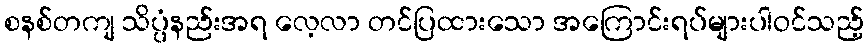
စနစ်တကျ သိပ္ပံနည်းအရ လေ့လာ တင်ပြထားသော အကြောင်းရပ်များပါဝင်သည့်